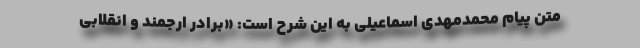
متن پیام محمدمهدی اسماعیلی به این شرح است: «برادر ارجمند و انقلابی